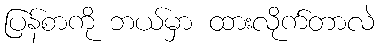
ပြန်စာကို ဘယ်မှာ ထားလိုက်တာလဲ